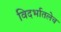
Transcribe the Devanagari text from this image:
विदर्भातलेच